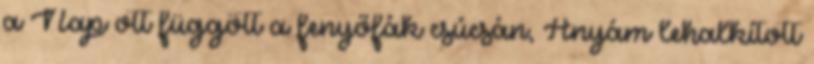
a Nap ott függött a fenyőfák csúcsán, Anyám lehalkított